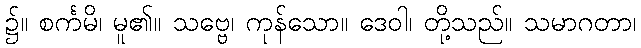
၌။ စင်္ကမိ၊ မူ၏။ သဗ္ဗေ၊ ကုန်သော။ ဒေဝါ၊ တို့သည်။ သမာဂတာ၊